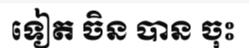
ទៀត ចិន បាន ចុះ